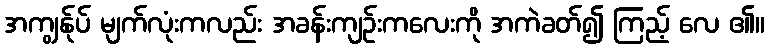
အကျွန်ုပ် မျက်လုံးကလည်း အခန်းကျဉ်းကလေးကို အကဲခတ်၍ ကြည့် လေ ၏။